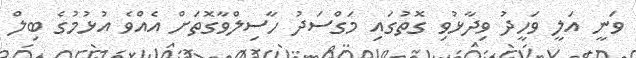
ވަނީ އަލީ ވަހީދު ވިދާޅުވި ގޮތުގައި މަގްސަދު ހާސިލްވާގޮތަށް އެއްވެ އުޅުމުގެ ބިލް